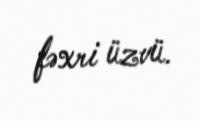
fəxri üzvü.